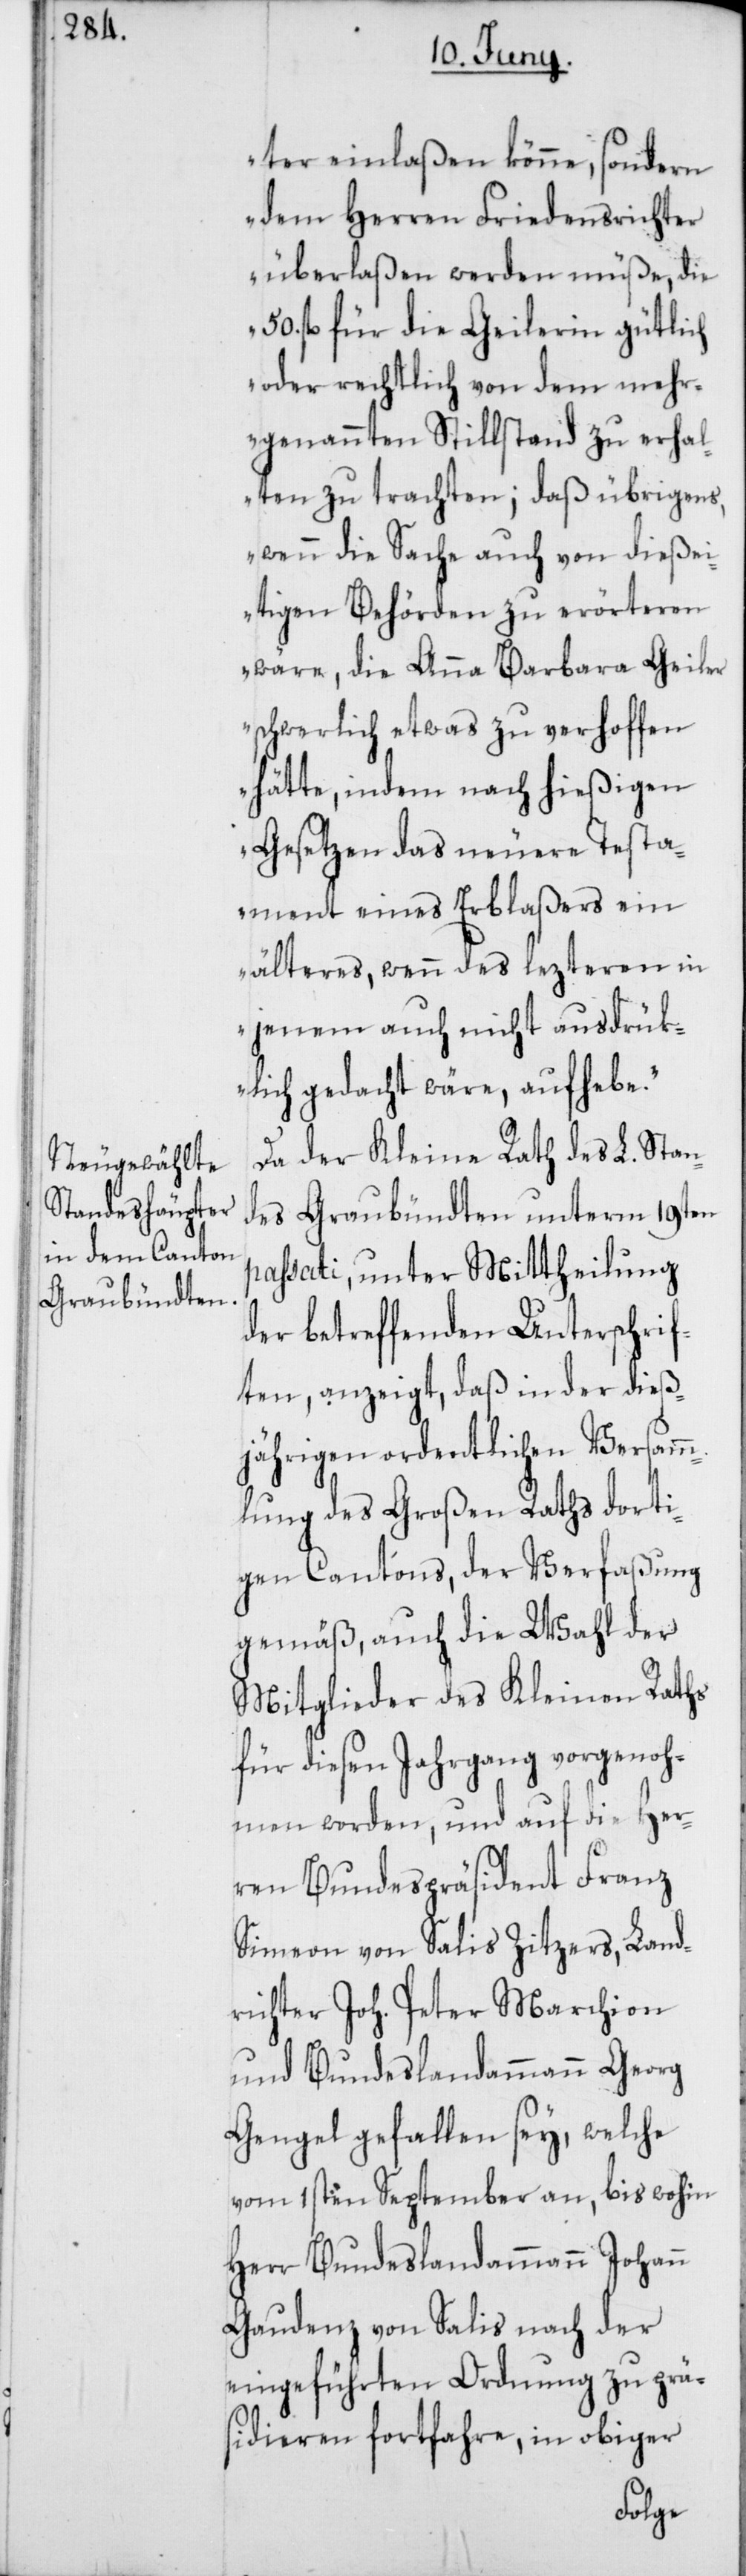
ter einlaßen könne, sondern
dem Herren Friedensrichter
überlaßen werden müße, die
50. fl. für die Geilerin gütlich
oder rechtlich von dem mehr¬
genannten Stillstand zu erhal¬
ten zu trachten; daß übrigens,
wenn die Sache auch von dießei¬
tigen Behörden zu erörteren
wäre, die Anna Barbara Geiler
schwerlich etwas zu verhoffen
hätte, indem nach hießigen
Gesetzen das neuere Testa¬
ment eines Erblaßers ein
älteres, wenn des lezteren in
jenem auch nicht ausdrük¬
lich gedacht wäre, aufhebe.“
Da der Kleine Rath des L. Stan¬
des Graubündten unterm 19ten
passati, unter Mittheilung
der betreffenden Unterschrif¬
ten, anzeigt, daß in der dieß¬
jährigen ordentlichen Versamm¬
lung des Großen Raths dorti¬
gen Cantons, der Verfaßung
gemäß, auch die Wahl der
Mitglieder des Kleinen Raths
für diesen Jahrgang vorgenoh¬
men worden, und auf die Her¬
ren Bundespräsident Franz
Simeon von Salis Zitzers, Land¬
richter Joh. Peter Marchion
und Bundeslandammann Georg
Gengel gefallen sey, welche
vom 1sten September an, bis wohin
Herr Bundeslandammann Johann
Gaudenz von Salis nach der
eingeführten Ordnung zu prä¬
sidieren fortfahre, in obiger